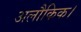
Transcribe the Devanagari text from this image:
अलौकिक।